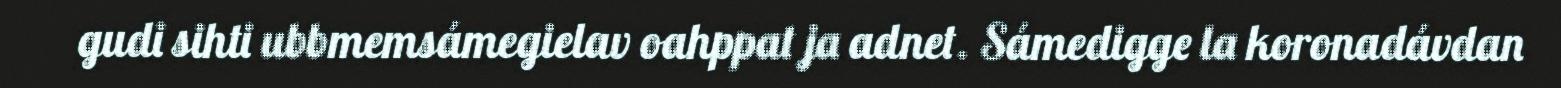
gudi sihti ubbmemsámegielav oahppat ja adnet. Sámedigge la koronadávdan